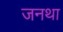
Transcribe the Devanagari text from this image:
जनथा